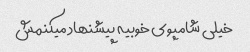
خیلی شامپوی خوبیه پیشنهاد میکنمش